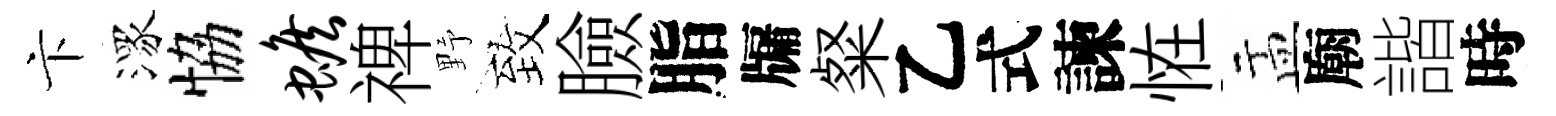
卞潈恊蟾禆野致臉脂牖粲乙式諫恠盂廟諧時